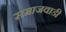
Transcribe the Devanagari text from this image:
समाजवाडी